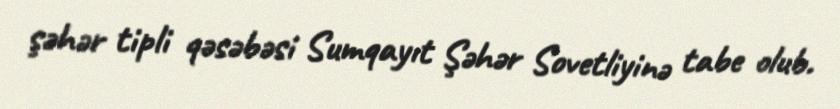
şəhər tipli qəsəbəsi Sumqayıt Şəhər Sovetliyinə tabe olub.